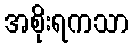
အစိုးရကသာ